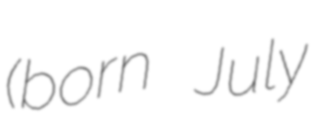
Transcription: (born July